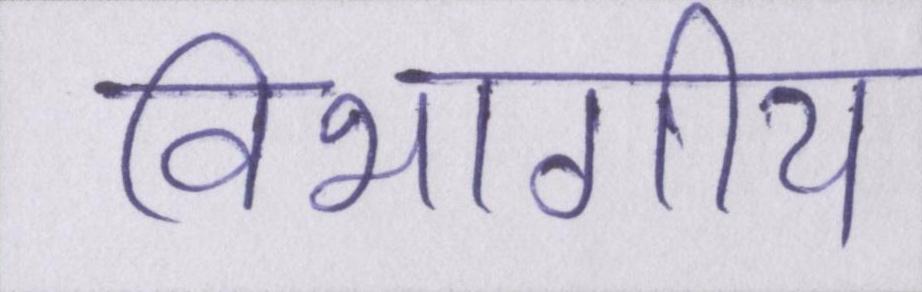
विभागीय